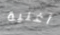
أغنية